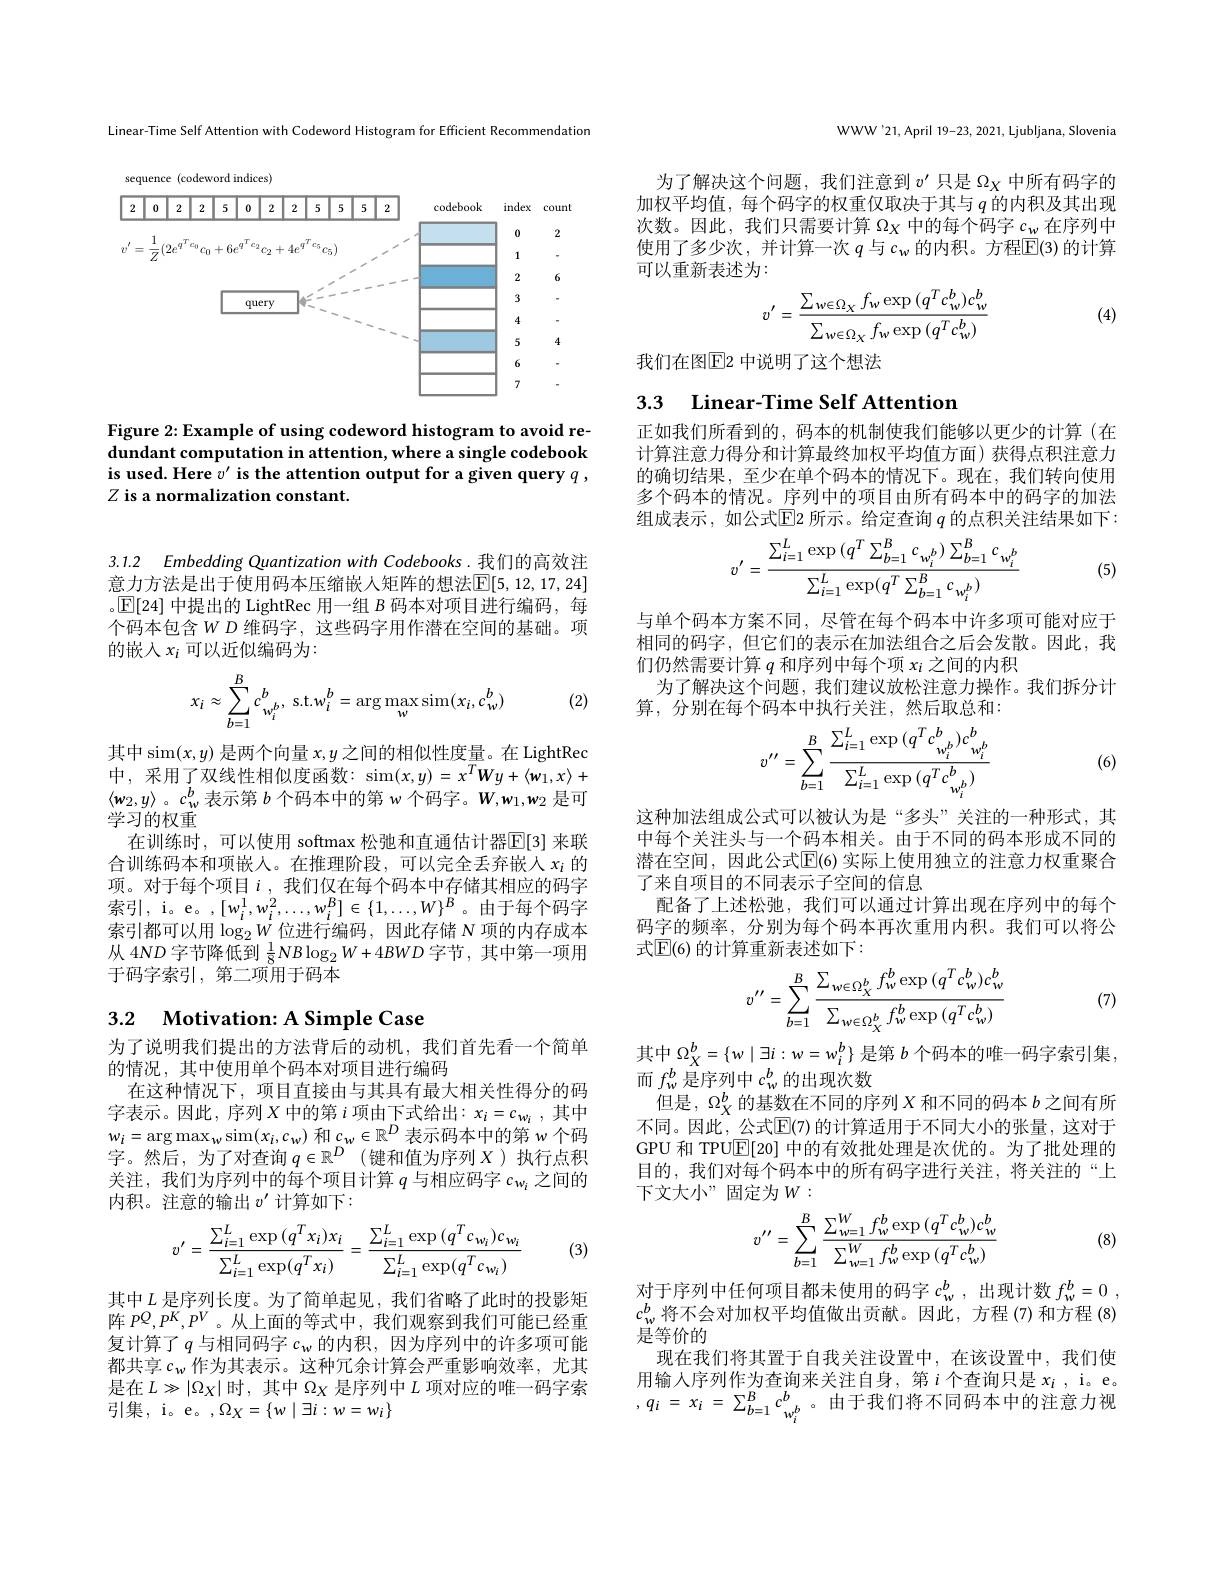
Linear-Time Self Attention with Codeword Histogram for Efficient Recommendation

sequence (codeword indices)
<FigureHere>

Figure 2: Example of using codeword histogram to avoid redundant computation in attention, where a single codebook is used. Here $v^\prime$ is the attention output for a given query $q$, $Z$ is a normalization constant.

3.1.2 Embedding Quantization with Codebooks . 我们的高效注意力方法是出于使用码本压缩嵌入矩阵的想法$\operatorname{E}[5,12,17,24]$

。$\operatorname{E}[24]$中提出的 LightRec 用一组$B$码本对项目进行编码，每个码本包含$WD$ 维码字，这些码字用作潜在空间的基础。项的嵌入$x_i$可以近似编码为：
$$x_{i}\approx\sum\limits_{b=1}^{B}c_{w_{i}^{b}}^{b},\:\mathrm{s.t.}w_{i}^{b}=\arg\max\limits_{w}\sin(x_{i},c_{w}^{b})$$
(2)

其中 sim$(x,y)$是两个向量$x,y$之间的相似性度量。在 LightRec 中，采用了双线性相似度函数：sim$(x,y)=x^TWy+\langle w_{1},x\rangle+$ $\langle w_2,y\rangle$ 。$c_w^b$表示第$b$个码本中的第$w$个码字。$W,w_1,w_2$是可学习的权重
在训练时，可以使用 softmax 松弛和直通估计器$\mathbb{E}[3]$ 来联合训练码本和项嵌人。在推理阶段，可以完全丢弃嵌入$x_i$的项。对于每个项目$i$,我们仅在每个码本中存储其相应的码字索引，i。e。,$[w_i^1,w_i^2,\ldots,w_i^B]\in\{1,\ldots,W\}^B$。由于每个码字索引都可以用$\log_2W$位进行编码，因此存储 N 项的内存成本从 4ND 字节降低到$\frac18NB\log_2W+4BWD$字节 ,其中第一项用于码字索引，第二项用于码本

# 3.2 Motivation: A Simple Case

为了说明我们提出的方法背后的动机，我们首先看一个简单
的情况，其中使用单个码本对项目进行编码
在这种情况下，项目直接由与其具有最大相关性得分的码字表示。因此，序列$X$ 中的第 $i$ 项由下式给出$:x_i=c_{w_i}$,其中$w_{i}=\arg\max_{w}\sin(x_{i},c_{w})$和$c_w\in\mathbb{R}^D$表示码本中的第$w$个码字。然后，为了对查询 $q\in \mathbb{R} ^D$ (键和值为序列 $X$ )执行点积关注，我们为序列中的每个项目计算$q$与相应码字$c_\mathrm{w_i}$之间的内积。注意的输出$v^\prime$计算如下：
$$v'=\frac{\sum_{i=1}^{L}\exp{(q^Tx_i)x_i}}{\sum_{i=1}^{L}\exp(q^Tx_i)}=\frac{\sum_{i=1}^{L}\exp{(q^Tc_{w_i})c_{w_i}}}{\sum_{i=1}^{L}\exp(q^Tc_{w_i})}$$
(3)

其中$L$ 是序列长度。为了简单起见，我们省略了此时的投影矩阵$P^Q,P^K,P^V$。从上面的等式中，我们观察到我们可能已经重复计算了$q$与相同码字$c_\mathrm{w}$的内积，因为序列中的许多项可能都共享$c_\mathrm{w}$作为其表示。这种冗余计算会严重影响效率，尤其是在$L\gg|\Omega_X|$时，其中 $\Omega_\mathrm{X}$ 是序列中 $L$ 项对应的唯一码字索引集，i。e。$,\Omega_{X}=\{w\mid\exists i:w=w_{i}\}$

WWW'21,April 19-23, 2021, Ljubljana, Slovenia

为了解决这个问题，我们注意到$v^\prime$只是$\Omega_X$中所有码字的加权平均值，每个码字的权重仅取决于其与$q$ 的内积及其出现次数。因此，我们只需要计算$\Omega_X\dot{\text{中的每个码字 }c_w}$在序列中使用了多少次，并计算一次$q$与$c_\mathrm{w}$的内积。方程$\overline{\mathrm{E}}(3)$的计算可以重新表述为：
$$v'=\frac{\sum_{w\in\Omega_X}f_w\exp{(q^Tc_w^b)c_w^b}}{\sum_{w\in\Omega_X}f_w\exp{(q^Tc_w^b)}}$$
(4)

我们在图$\overline{\mathrm{E}}$2 中说明了这个想法

# 3.3 Linear-Time Self Attention

正如我们所看到的，码本的机制使我们能够以更少的计算(在计算注意力得分和计算最终加权平均值方面)获得点积注意力的确切结果，至少在单个码本的情况下。现在，我们转向使用多个码本的情况。序列中的项目由所有码本中的码字的加法组成表示，如公式$\boxed{\mathrm{E}}$2 所示。给定查询 $q$ 的点积关注结果如下：
$$v'=\frac{\sum_{i=1}^{L}\exp{(q^{T}\sum_{b=1}^{B}c_{w_{i}^{b}})\sum_{b=1}^{B}c_{w_{i}^{b}}}}{\sum_{i=1}^{L}\exp(q^{T}\sum_{b=1}^{B}c_{w_{i}^{b}})}$$
(5)

与单个码本方案不同，尽管在每个码本中许多项可能对应于相同的码字，但它们的表示在加法组合之后会发散。因此，我们仍然需要计算$q$和序列中每个项$x_i$之间的内积
为了解决这个问题，我们建议放松注意力操作。我们拆分计
算，分别在每个码本中执行关注，然后取总和：
$$v^{\prime\prime}=\sum_{b=1}^{B}\frac{\sum_{i=1}^{L}\exp{(q^{T}c_{w_{i}^{b}}^{b})c_{w_{i}^{b}}^{b}}}{\sum_{i=1}^{L}\exp{(q^{T}c_{w_{i}^{b}}^{b})}}$$
(6)

这种加法组成公式可以被认为是“多头”关注的一种形式，其中每个关注头与一个码本相关。由于不同的码本形成不同的潜在空间，因此公式$\mathbb{E}$(6)实际上使用独立的注意力权重聚合了来自项目的不同表示子空间的信息
配备了上述松弛，我们可以通过计算出现在序列中的每个码字的频率，分别为每个码本再次重用内积。我们可以将公式$\mathbb{E}(6)$ 的计算重新表述如下：
$$v^{\prime\prime}=\sum_{b=1}^{B}\frac{\sum_{w\in\Omega_{X}^{b}}f_{w}^{b}\exp{(q^{T}c_{w}^{b})c_{w}^{b}}}{\sum_{w\in\Omega_{X}^{b}}f_{w}^{b}\exp{(q^{T}c_{w}^{b})}}$$
(7)

其中$\Omega_X^b=\{w\mid\exists i:w=w_i^b\}$是第$b$个码本的唯一码字索引集
而$f_\mathrm{w}^b$是序列中$c_\mathrm{w}^b$的出现次数
但是，$\Omega_X^b$的基数在不同的序列$X$和不同的码本$b$之间有所不同。因此，公式$\mathbb{E}(7)$的计算适用于不同大小的张量，这对于GPU 和 TPU$\overline{\mathbb{E}}[20]$中的有效批处理是次优的。为了批处理的目的，我们对每个码本中的所有码字进行关注，将关注的“上下文大小”固定为$W:$
$$v''=\sum_{b=1}^{B}\frac{\sum_{w=1}^{W}f_{w}^{b}\exp{(q^{T}c_{w}^{b})c_{w}^{b}}}{\sum_{w=1}^{W}f_{w}^{b}\exp{(q^{T}c_{w}^{b})}}$$
(8)

$\begin{array}{l}\text{对于序列中任何项目都未使用的码字 }c_{\mathrm{w}}^{b},&\text{出现计数 }f_{\mathrm{w}}^{b}=0\:,\\c_{\mathrm{w}}^{b}\text{将不会对加权平均值做出贡献。因此，方程 }(7)&\text{和方程 }(8)\end{array}$
是等价的
现在我们将其置于自我关注设置中，在该设置中，我们使用输入序列作为查询来关注自身，第$i$个查询只是 $x_i$, i。e。, $q_{i}$ = $x_{i}$ = $\sum _{b= 1}^{B}$ $c_{w_{i}^{b}}^{b}$ 。由于我们将不同码本中的注意力视